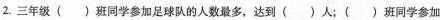
2.三年级（）班同学参加足球队的人数最多，达到（）人；（）班同学参加